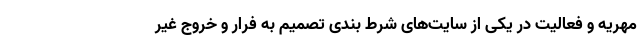
مهریه و فعالیت در یکی از سایت‌های شرط بندی تصمیم به فرار و خروج غیر